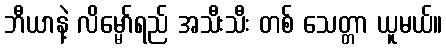
ဘီယာနဲ့ လိမ္မော်ရည် အသီးသီး တစ် သေတ္တာ ယူမယ်။